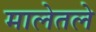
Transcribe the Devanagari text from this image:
मालेतले